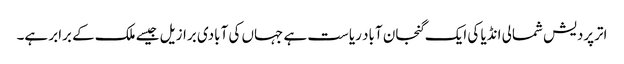
اترپردیش شمالی انڈیا کی ایک گنجان آباد ریاست ہے جہاں کی آبادی برازیل جیسے ملک کے برابر ہے۔